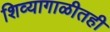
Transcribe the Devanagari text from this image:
शिव्यागाळीतही